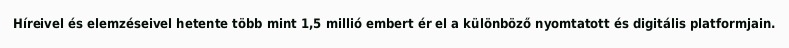
Híreivel és elemzéseivel hetente több mint 1,5 millió embert ér el a különböző nyomtatott és digitális platformjain.